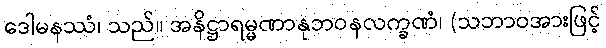
ဒေါမနဿံ၊ သည်။ အနိဋ္ဌာရမ္မဏာနုဘဝနလက္ခဏံ၊ (သဘာဝအားဖြင့်